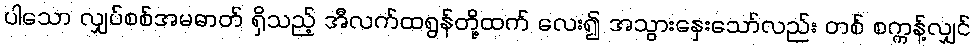
ပါသော လျှပ်စစ်အမဓာတ် ရှိသည့် အီလက်ထရွန်တို့ထက် လေး၍ အသွားနှေးသော်လည်း တစ် စက္ကန့်လျှင်